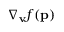
\nabla _ { \mathbf { v } } f ( \mathbf { p } )